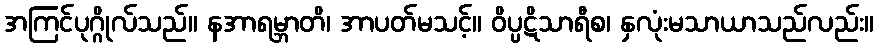
အကြင်ပုဂ္ဂိုလ်သည်။ နအာရမ္ဘာတိ၊ အာပတ်မသင့်။ ဝိပ္ပဋိသာရီစ၊ နှလုံးမသာယာသည်လည်း။